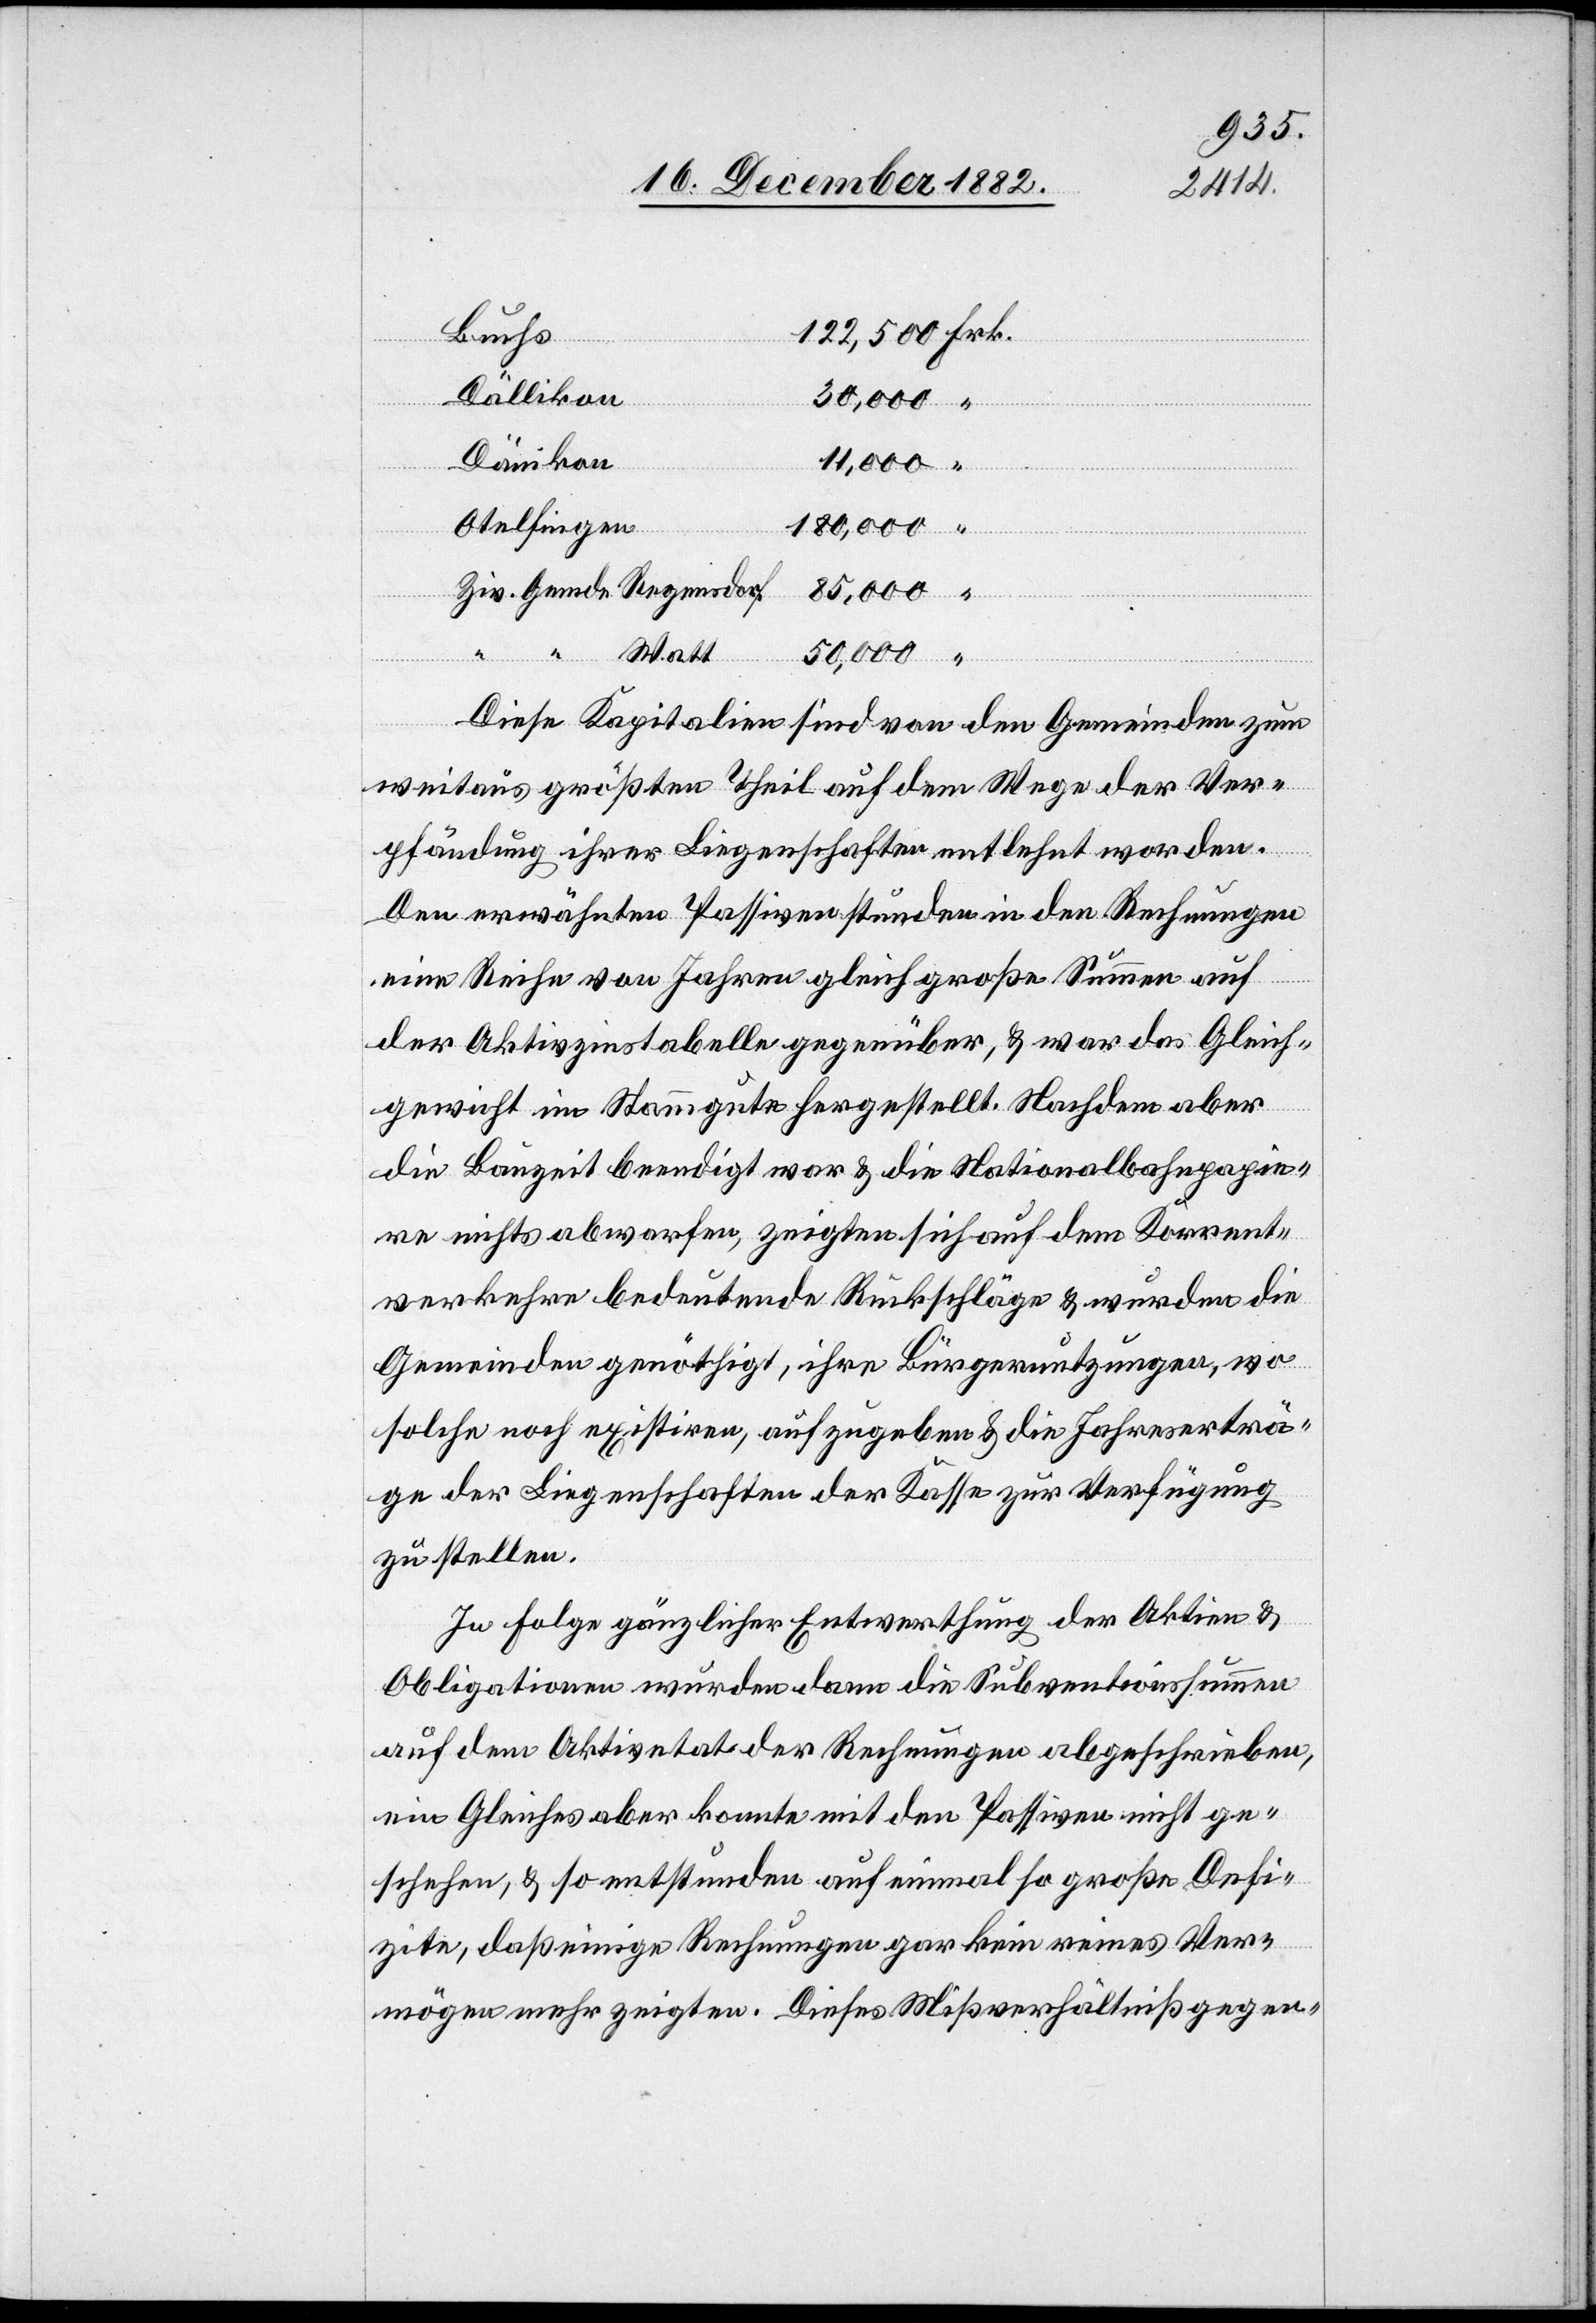
Buchs
Dällikon
aber mit
Dänikon
11,000
Passiven nicht
Otelfingen
180,000
Ziv. Gemde Regensdorf
“ “ Watt
50,000
Diese Kapitalien sind von den Gemeinden zum
weitaus größten Theil auf dem Wege der Ver¬
ge¬
pfändung ihrer Liegenschaften entlehnt worden.
Den erwähnten Passiven stunden in den Rechnungen
eine Reihe von Jahren gleich große Summen auf
der Aktivzinstabelle gegenüber, & war das Gleich¬
gewicht im Stammgute hergestellt. Nachdem aber
die Bauzeit beendigt war & die Nationalbahnpapie¬
re nichts abwarfen, zeigten sich auf dem Korrent¬
verkehre bedeutende Rückschläge & wurden die
Gemeinden genöthigt, ihre Bürgernutzungen, wo
solche noch existiren, aufzugeben & die Jahresverträ¬
ge der Liegenschaften der Kasse zur Verfügung
zu stellen.
In Folge gänzlicher Entwerthung der Aktien &
Obligationen wurden dann die Subventionssummen
auf dem Aktivetat der Rechnungen abgeschrieben,
schehen, & so entstunden auf einmal so große Defi¬
zite, daß einige Rechnungen gar kein reines Ver¬
mögen mehr zeigten. Dieses Mißverhältniß gegen-